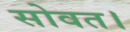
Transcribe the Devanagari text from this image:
सोवत।